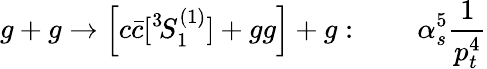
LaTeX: g+g\to\left[c\bar{c}[{}^{3}\! S_{1}^{(1)}]+gg\right]+g:\qquad\alpha_{s}^{5}\frac{1}{p_{t}^{4}}